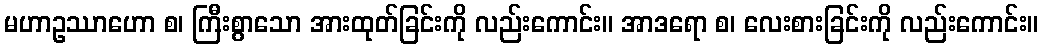
မဟာဥဿာဟော စ၊ ကြီးစွာသော အားထုတ်ခြင်းကို လည်းကောင်း။ အာဒရော စ၊ လေးစားခြင်းကို လည်းကောင်း။